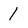
Character: 1